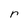
Character: r